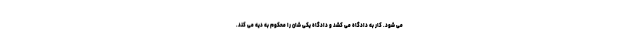
می شود. کار به دادگاه می کشد و دادگاه یکی شان را محکوم به دیه می کند.